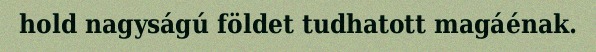
hold nagyságú földet tudhatott magáénak.